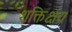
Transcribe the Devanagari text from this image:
शक्तिक्षय